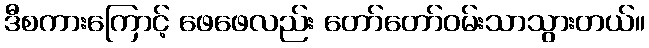
ဒီစကားကြောင့် ဖေဖေလည်း တော်တော်ဝမ်းသာသွားတယ်။